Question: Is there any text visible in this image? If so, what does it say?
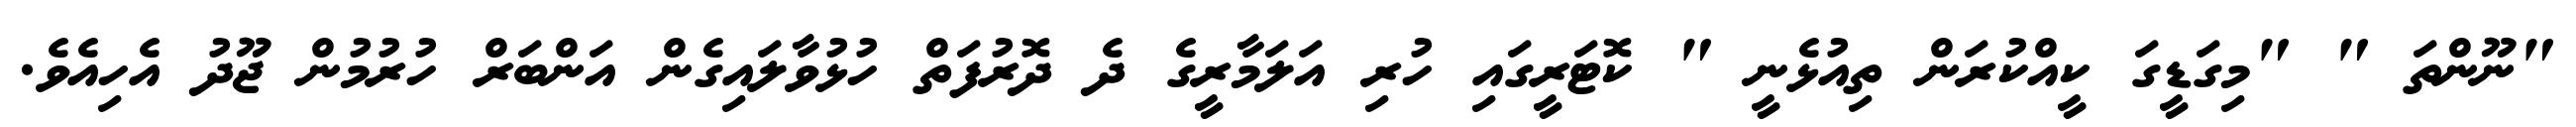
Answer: "ނޫންތަ " "މިގަޑީގަ ކީއްކުރަން ތިއުޅެނީ " ކޮޓަރީގައި ހުރި އަލަމާރީގެ ދެ ދޮރުފަތް ހުޅުވާލައިގެން އަންބަރް ހުރުމުން ޖޫދު އެހިއެވެ.